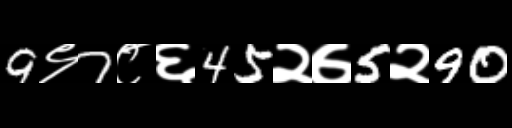
Text: 9९7८६45२७5२90